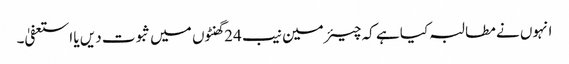
انہوں نے مطالبہ کیا ہے کہ چیئرمین نیب 24 گھنٹوں میں ثبوت دیں یا استعفیٰ۔